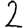
Digit: 2